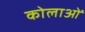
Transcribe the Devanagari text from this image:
कोलाओं